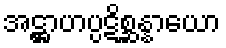
အဋ္ဌာဟပ္ပဋိစ္ဆန္နာယော